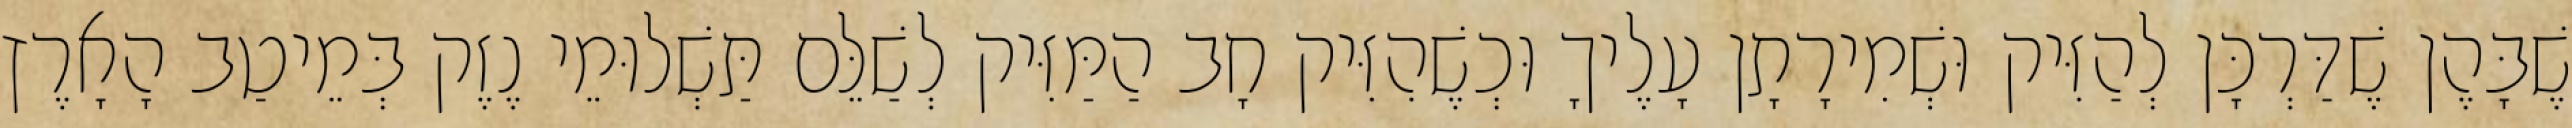
שֶׁבָּהֶן שֶׁדַּרְכָּן לְהַזִּיק וּשְׁמִירָתָן עָלֶיךָ וּכְשֶׁהִזִּיק חָב הַמַּזִּיק לְשַׁלֵּם תַּשְׁלוּמֵי נֶזֶק בְּמֵיטַב הָאָרֶץ